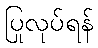
ပြုလုပ်ရန်